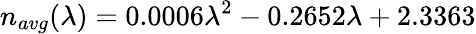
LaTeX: n_{avg}(\lambda)=0.0006\lambda^{2}-0.2652\lambda+2.3363